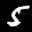
Label: 5